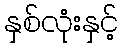
နှစ်လုံးနှင့်